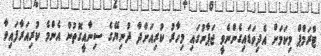
ޓްރަމްޕް މިކަމަށް އެދިވަޑައިގެންނެވީ ޖަޕާނުގައި މިހާރު ކުރިއަށްދާ ދުނިޔޭގެ ސިނާއީގޮތުން އެންމެ ކުރިއަރާފައިވާ